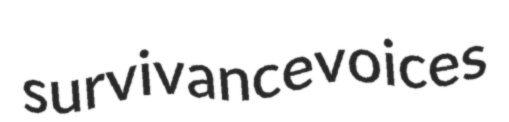
survivance voices